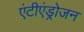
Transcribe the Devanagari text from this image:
एंटीएंड्रोजन